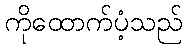
ကိုထောက်ပံ့သည်